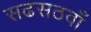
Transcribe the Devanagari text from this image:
सढसठवाँ